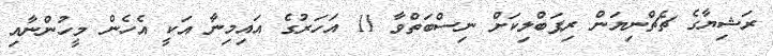
ރަޝިޔާގެ ޗެޗްނިޔަން ރިޕަބްލިކަށް ނިސްބަތްވާ 11 އަހަރުގެ އައިމިނާ އަކީ އެހެން މީހުންނާއި